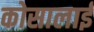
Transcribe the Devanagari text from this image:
कोसालाई